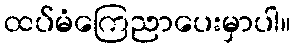
ထပ်မံကြေညာပေးမှာပါ။